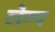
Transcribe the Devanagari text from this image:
लेम्प